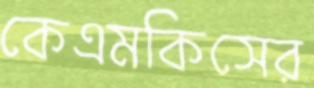
কেএমকিসের